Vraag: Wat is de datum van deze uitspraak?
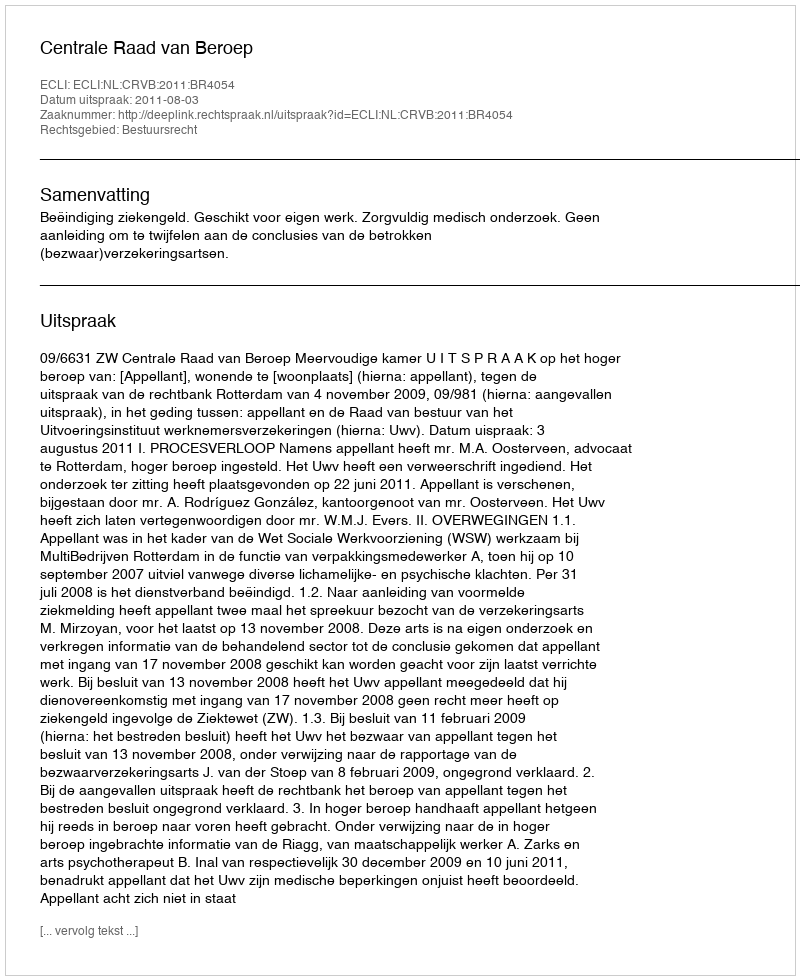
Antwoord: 2011-08-03